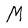
Character: M